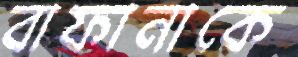
বাফানাকে